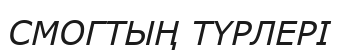
СМОГТЫҢ ТҮРЛЕРІ